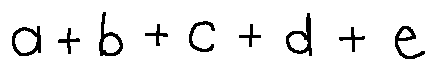
a + b + c + d + e